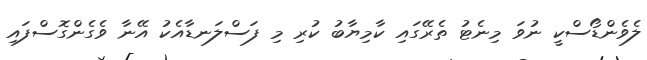
ލެވެންޑޯސްކީ ނުވަ މިނެޓު ތެރޭގައި ކާމިޔާބު ކުރި މި ފަސްލަނޑާއެކު އޭނާ ވެގެންގޮސްފައި